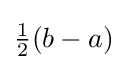
{\tfrac {1}{2}}(b-a)